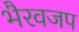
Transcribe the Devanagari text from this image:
भैरवजप